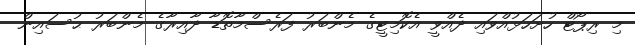
މި ރިޕޯޓް ހުށަހަޅުއްވައި ދެއްވީ އެކޮމިޓީގެ މެންބަރު ފަރެސްމާތޮޑާ ދާއިރާގެ މެންބަރު ޙުސައިން